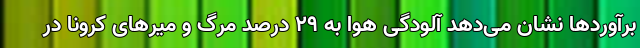
برآوردها نشان می‌دهد آلودگی هوا به ۲۹ درصد مرگ و میرهای کرونا در